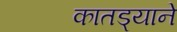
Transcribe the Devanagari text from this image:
कातड्याने